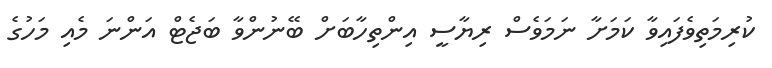
ކުރިމަތިވެފައިވާ ކަމަށާ ނަމަވެސް ރިޔާސީ އިންތިހާބަށް ބޭނުންވާ ބަޖެޓް އަންނަ މެއި މަހުގެ